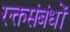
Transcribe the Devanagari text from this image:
रक्तसंबंधों